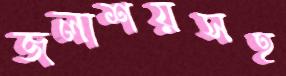
জলাশয়সহ